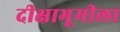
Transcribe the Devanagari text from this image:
दीक्षाभूमीला